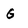
Character: G